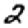
Digit: 2